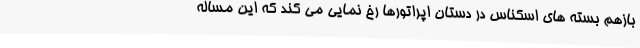
بازهم بسته های اسکناس در دستان اپراتورها رخ نمایی می کند که این مساله